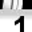
Digit: 1